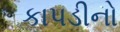
કાપડીનો